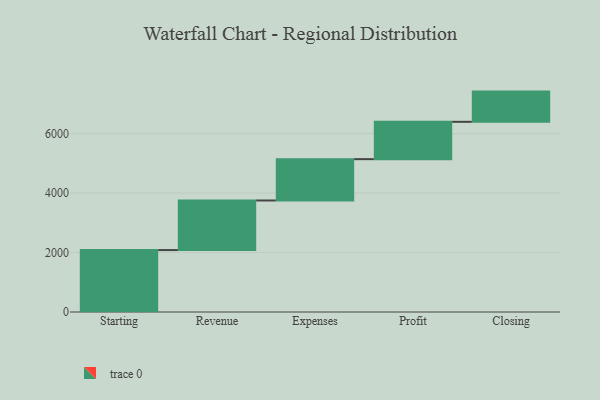
{"axis": {"x": "Step", "y": "Value"}, "legend": [""], "data": [{"x": "Starting", "y": 2083.0, "type": ""}, {"x": "Revenue", "y": 1668.0, "type": ""}, {"x": "Expenses", "y": 1390.0, "type": ""}, {"x": "Profit", "y": 1256.0, "type": ""}, {"x": "Closing", "y": 1016.0, "type": ""}]}